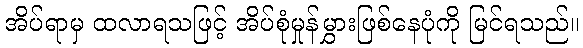
အိပ်ရာမှ ထလာရသဖြင့် အိပ်စုံမှုန်မွှားဖြစ်နေပုံကို မြင်ရသည်။